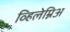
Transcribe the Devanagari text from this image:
व्हिलेम्निअ